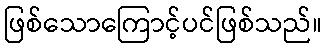
ဖြစ်သောကြောင့်ပင်ဖြစ်သည်။